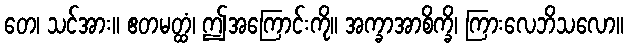
တေ၊ သင်အား။ ဧတမတ္ထံ၊ ဤအကြောင်းကို။ အက္ခာအာစိက္ခိ၊ ကြားလေဘိသလော။